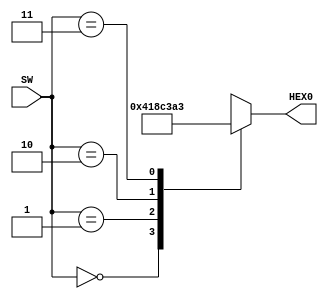
module PS2_ZAD7(
	input [1:0] SW,
	output reg [6:0] HEX0);
	always @*
		case (SW)
			2'o0:
				HEX0 = 7'b0100000;
			2'o1:
				HEX0 = 7'b1100011;
			2'o2:
				HEX0 = 7'b0000111;
			2'o3:
				HEX0 = 7'b0100011;
		endcase
endmodule